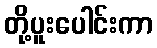
တို့ပူးပေါင်းကာ